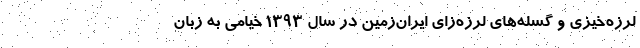
لرزه‌خیزی و گسله‌های لرزه‌زای ایران‌زمین در سال ۱۳۹۳ خیامی به زبان